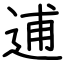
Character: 逋